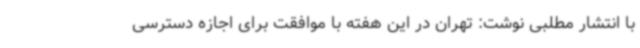
با انتشار مطلبی نوشت: تهران در این هفته با موافقت برای اجازه دسترسی